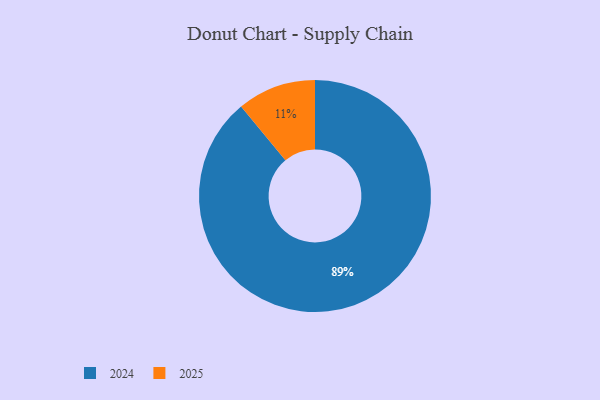
{"axis": {"x": "Category", "y": "Percentage"}, "legend": ["2024", "2025"], "data": [{"x": "2024", "y": 89, "type": "2024"}, {"x": "2025", "y": 11, "type": "2025"}]}